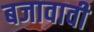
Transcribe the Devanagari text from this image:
बजावावी